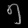
Digit: ၅